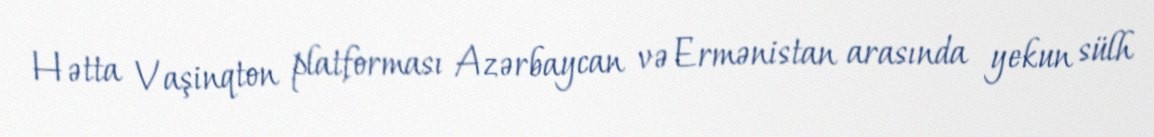
Hətta Vaşinqton platforması Azərbaycan və Ermənistan arasında yekun sülh